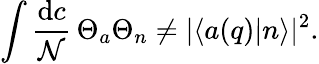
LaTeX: \int\frac{\mathrm{d}c}{\mathcal{N}}\, \Theta_{a}\Theta_{n}\neq|\langle a(q)|n\rangle|^{2}.